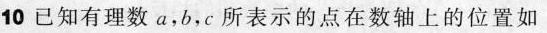
10 已知有理数a，b，c所表示的点在数轴上的位置如